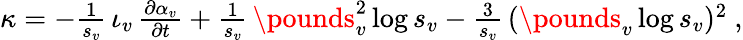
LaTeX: \begin{array}{r}{\kappa=-\frac{1}{s_{v}}\, \iota_{v}\, \frac{\partial\alpha_{v}}{\partial t}+\frac{1}{s_{v}}\, \pounds_{v}^{2}\log s_{v}-\frac{3}{s_{v}}\, (\pounds_{v}\log s_{v})^{2}\ ,}\end{array}